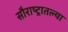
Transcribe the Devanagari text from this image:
सौराष्ट्रातल्या